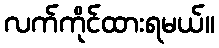
လက်ကိုင်ထားရမယ်။